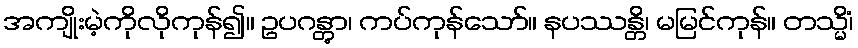
အကျိုးမဲ့ကိုလိုကုန်၍။ ဥပဂန္တွာ၊ ကပ်ကုန်သော်။ နပဿန္တိ၊ မမြင်ကုန်။ တသ္မိံ၊